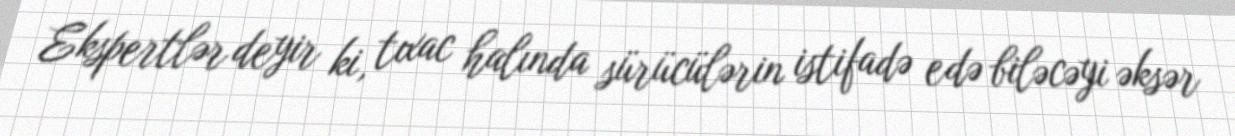
Ekspertlər deyir ki, tıxac halında sürücülərin istifadə edə biləcəyi əksər